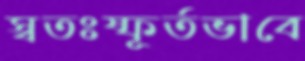
স্বতঃষ্ফূর্তভাবে